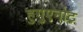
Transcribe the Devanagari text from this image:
हुगुएनोट